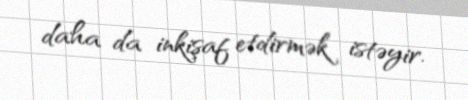
daha da inkişaf etdirmək istəyir.